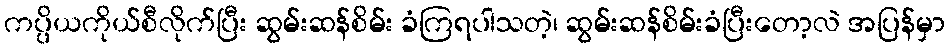
ကပ္ပိယကိုယ်စီလိုက်ပြီး ဆွမ်းဆန်စိမ်း ခံကြရပါသတဲ့၊ ဆွမ်းဆန်စိမ်းခံပြီးတော့လဲ အပြန်မှာ